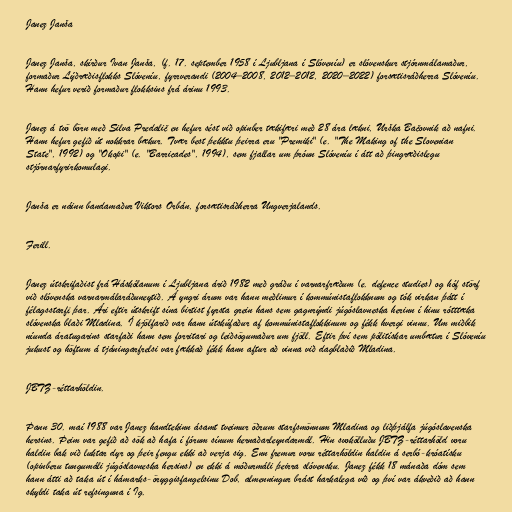
Janez Janša

Janez Janša, skírður Ivan Janša, (f. 17. september 1958 í Ljubljana í Slóveníu) er slóvenskur stjórnmálamaður,
formaður Lýðræðisflokks Slóveníu, fyrrverandi (2004–2008, 2012–2012, 2020–2022) forsætisráðherra Slóveníu.
Hann hefur verið formaður flokksins frá árinu 1993.

Janez á tvö börn með Silva Predalič en hefur sést við opinber tækifæri með 28 ára lækni, Urška Bačovnik að nafni.
Hann hefur gefið út nokkrar bækur. Tvær best þekktu þeirra eru "Premiki" (e. "The Making of the Slovenian
State", 1992) og "Okopi" (e. "Barricades", 1994), sem fjallar um þróun Slóveníu í átt að þingræðislegu
stjórnarfyrirkomulagi.

Janša er náinn bandamaður Viktors Orbán, forsætisráðherra Ungverjalands.

Ferill.

Janez útskrifaðist frá Háskólanum í Ljubljana árið 1982 með gráðu í varnarfræðum (e. defence studies) og hóf störf
við slóvenska varnarmálaráðuneytið. Á yngri árum var hann meðlimur í kommúnistaflokknum og tók virkan þátt í
félagsstarfi þar. Ári eftir útskrift sína birtist fyrsta grein hans sem gagnrýndi júgóslavneska herinn í hinu rótttæka
slóvenska blaði Mladina. Í kjölfarið var hann útskúfaður af kommúnistaflokkinum og fékk hvergi vinnu. Um miðbik
níunda áratugarins starfaði hann sem forritari og leiðsögumaður um fjöll. Eftir því sem pólitískar umbætur í Slóveníu
jukust og höftum á tjáningarfrelsi var fækkað fékk hann aftur að vinna við dagblaðið Mladina.

JBTZ-réttarhöldin.

Þann 30. maí 1988 var Janez handtekinn ásamt tveimur öðrum starfsmönnum Mladina og liðþjálfa júgóslavenska
hersins. Þeim var gefið að sök að hafa í fórum sínum hernaðarleyndarmál. Hin svokölluðu JBTZ-réttarhöld voru
haldin bak við luktar dyr og þeir fengu ekki að verja sig. Enn fremur voru réttarhöldin haldin á serbó-króatísku
(opinberu tungumáli júgóslavneska hersins) en ekki á móðurmáli þeirra slóvensku. Janez fékk 18 mánaða dóm sem
hann átti að taka út í hámarks-öryggisfangelsinu Dob, almenningur brást harkalega við og því var ákveðið að hann
skyldi taka út refsinguna í Ig.